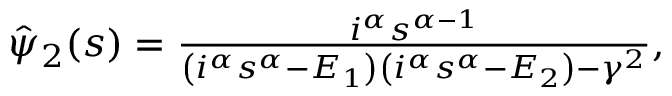
\begin{array} { r } { \hat { \psi } _ { 2 } ( s ) = \frac { i ^ { \alpha } s ^ { \alpha - 1 } } { \left( i ^ { \alpha } s ^ { \alpha } - E _ { 1 } \right) \left( i ^ { \alpha } s ^ { \alpha } - E _ { 2 } \right) - \gamma ^ { 2 } } , } \end{array}